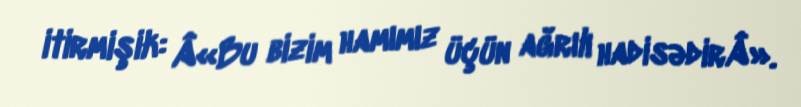
itirmişik: Â«Bu bizim hamımız üçün ağrılı hadisədirÂ».